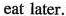
eat later.